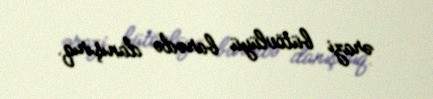
ərazi bütövlüyü barədə danışırıq.